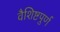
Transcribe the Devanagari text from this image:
वैशिष्टपुर्ण